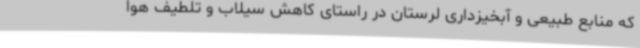
که منابع طبیعی و آبخیزداری لرستان در راستای کاهش سیلاب و تلطیف هوا